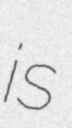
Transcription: is